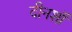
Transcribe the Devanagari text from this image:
दीनशॉ